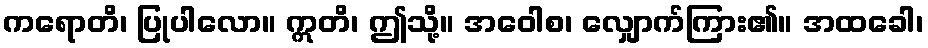
ကရောတိ၊ ပြုပါလော။ ဣတိ၊ ဤသို့။ အဝေါစ၊ လျှောက်ကြား၏။ အထခေါ၊